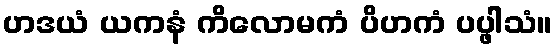
ဟဒယံ ယကနံ ကိလောမကံ ပိဟကံ ပပ္ဖါသံ။